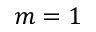
m = 1